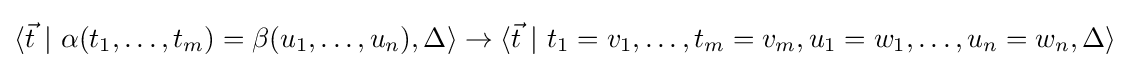
\langle {\vec {t}}\ |\ \alpha (t_{1},\dots ,t_{m})=\beta (u_{1},\dots ,u_{n}),\Delta \rangle \rightarrow \langle {\vec {t}}\ |\ t_{1}=v_{1},\dots ,t_{m}=v_{m},u_{1}=w_{1},\dots ,u_{n}=w_{n},\Delta \rangle